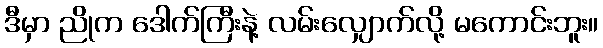
ဒီမှာ ညိုက ဒေါက်ကြီးနဲ့ လမ်းလျှောက်လို့ မကောင်းဘူး။